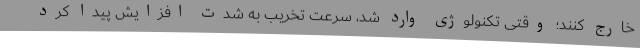
خارج کنند؛ وقتی تکنولوژی وارد شد، سرعت تخریب به شدت افزایش پیدا کرد